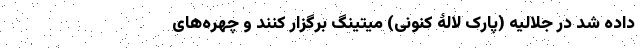
داده شد در جلالیه (پارک لالۀ کنونی) میتینگ برگزار کنند و چهره‌های